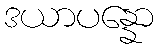
ဒယာပန္နော